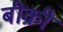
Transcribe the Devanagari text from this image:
बीक्री